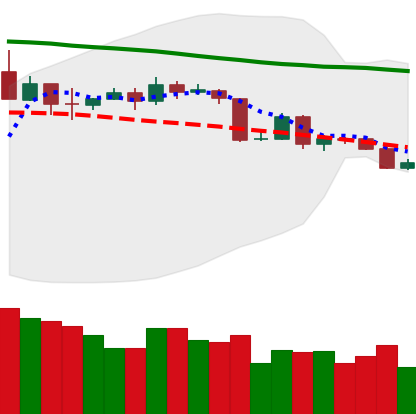
Ticker: BTC-USD
Chart end date: 2019-11-16
Forward return: -10.619%
Label: down_7plus